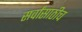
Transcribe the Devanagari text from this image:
सर्वांसाठीच